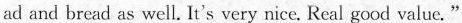
ad and bread as well. It's very nice, Real good value. "